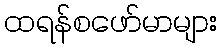
ထရန်စဖော်မာများ